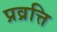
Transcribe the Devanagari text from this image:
प्रव्रत्ति